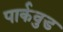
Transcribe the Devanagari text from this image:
पार्कवुड